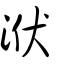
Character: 洑